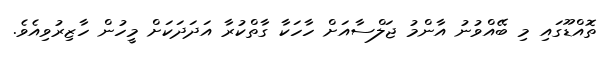
ތޮއްޑޫގައި މި ބޭއްވުނު އާންމު ޖަލްސާއަށް ހާހަކާ ގާތްކުރާ އަދަދަކަށް މީހުން ހާޒިރުވިއެވެ.